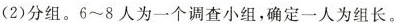
(2)分组。6~8人为一个调查小组，确定一人为组长。